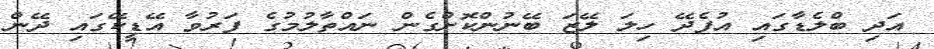
އަދި ބްލެޑާގައި އުފެދޭ ހިލަ ލޭޒަ ބޭނުންކޮށްގެން ނައްތާލުމުގެ ފަރުވާ އޭޑީކޭގައި ދޭން